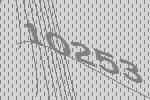
10253